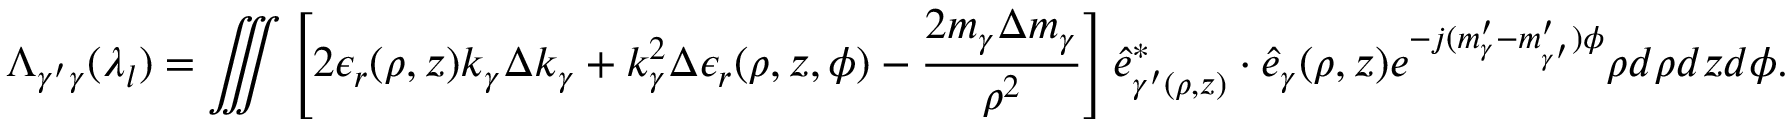
\Lambda _ { \gamma ^ { \prime } \gamma } ( \lambda _ { l } ) = \iiint \left[ 2 \epsilon _ { r } ( \rho , z ) k _ { \gamma } \Delta k _ { \gamma } + k _ { \gamma } ^ { 2 } \Delta \epsilon _ { r } ( \rho , z , \phi ) - \frac { 2 m _ { \gamma } \Delta m _ { \gamma } } { \rho ^ { 2 } } \right] \hat { e } _ { \gamma ^ { \prime } ( \rho , z ) } ^ { * } \cdot \hat { e } _ { \gamma } ( \rho , z ) e ^ { - j ( m _ { \gamma } ^ { \prime } - m _ { \gamma ^ { \prime } } ^ { \prime } ) \phi } { \rho } d { \rho } d z d \phi .